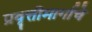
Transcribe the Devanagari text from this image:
प्रवृत्तीमार्गाचे